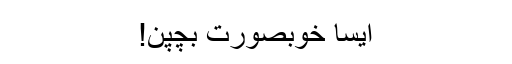
ایسا خوبصورت بچپن!